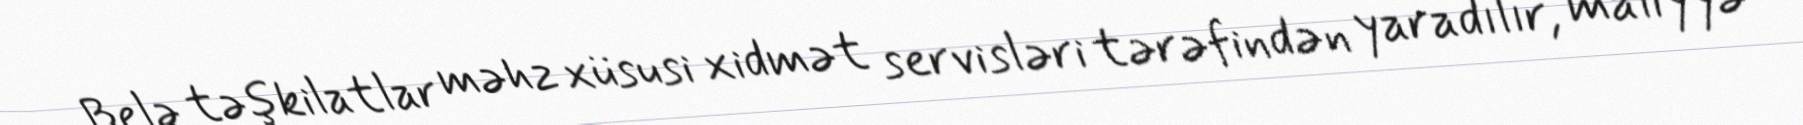
Belə təşkilatlar məhz xüsusi xidmət servisləri tərəfindən yaradılır, maliyyə